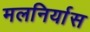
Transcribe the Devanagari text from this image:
मलनिर्यास